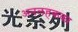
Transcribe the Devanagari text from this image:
अनलहकका